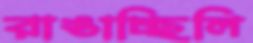
রাঙাচ্ছিলি